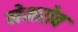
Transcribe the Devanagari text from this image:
नेमरोव